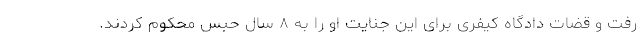
رفت و قضات دادگاه کیفری برای این جنایت او را به ۸ سال حبس محکوم کردند.